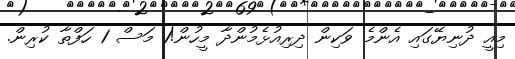
މިއީ ދުނިޔޭގައި އެންމެ ވަކިން ދިރިއުޅެމުންދާ މީހުން!1 މަސް 1 ހަފްތާ ކުރިން.